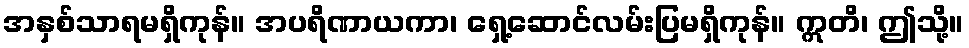
အနှစ်သာရမရှိကုန်။ အပရိဏာယကာ၊ ရှေ့ဆောင်လမ်းပြမရှိကုန်။ ဣတိ၊ ဤသို့။